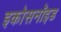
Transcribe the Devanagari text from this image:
इकोसनॉइड